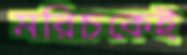
মরিচকেই